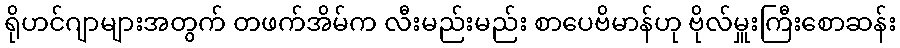
ရိုဟင်ဂျာများအတွက် တဖက်အိမ်က လီးမည်းမည်း စာပေဗိမာန်ဟု ဗိုလ်မှူးကြီးစောဆန်း